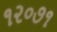
૧૨૦૭૧